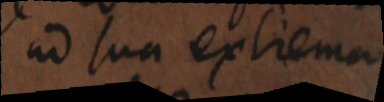
ad sua extrema